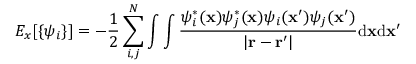
E _ { x } [ \{ \psi _ { i } \} ] = - \frac { 1 } { 2 } \sum _ { i , j } ^ { N } \int \int \frac { \psi _ { i } ^ { * } ( \mathbf { x } ) \psi _ { j } ^ { * } ( \mathbf { x } ) \psi _ { i } ( \mathbf { x } ^ { \prime } ) \psi _ { j } ( \mathbf { x } ^ { \prime } ) } { | \mathbf { r } - \mathbf { r } ^ { \prime } | } \mathrm { d } \mathbf { x } \mathrm { d } \mathbf { x } ^ { \prime }